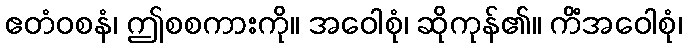
ဧတံဝစနံ၊ ဤစစကားကို။ အဝေါစုံ၊ ဆိုကုန်၏။ ကိံအဝေါစုံ၊